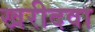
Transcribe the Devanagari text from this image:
खरीदवा